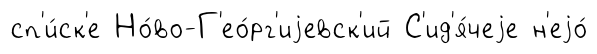
сп'и́ск'е Но́во-Г'ео́рг'иjевск'ий С'ид'я́чеjе н'еjо́